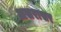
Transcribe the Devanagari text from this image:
असरासर